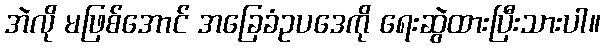
အဲလို မဖြစ်အောင် အခြေခံဥပဒေကို ရေးဆွဲထားပြီးသားပါ။